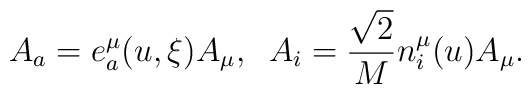
A_{a} = e^{\mu}_{a}(u,\xi) A_{\mu}, \;\; A_{i} = \frac{\sqrt{2}}{M}n^{\mu}_{i}(u) A_{\mu}.